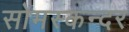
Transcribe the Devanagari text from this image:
सोमस्कन्दर